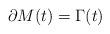
LaTeX: \begin{align*} \partial M(t) = \Gamma(t)\end{align*}